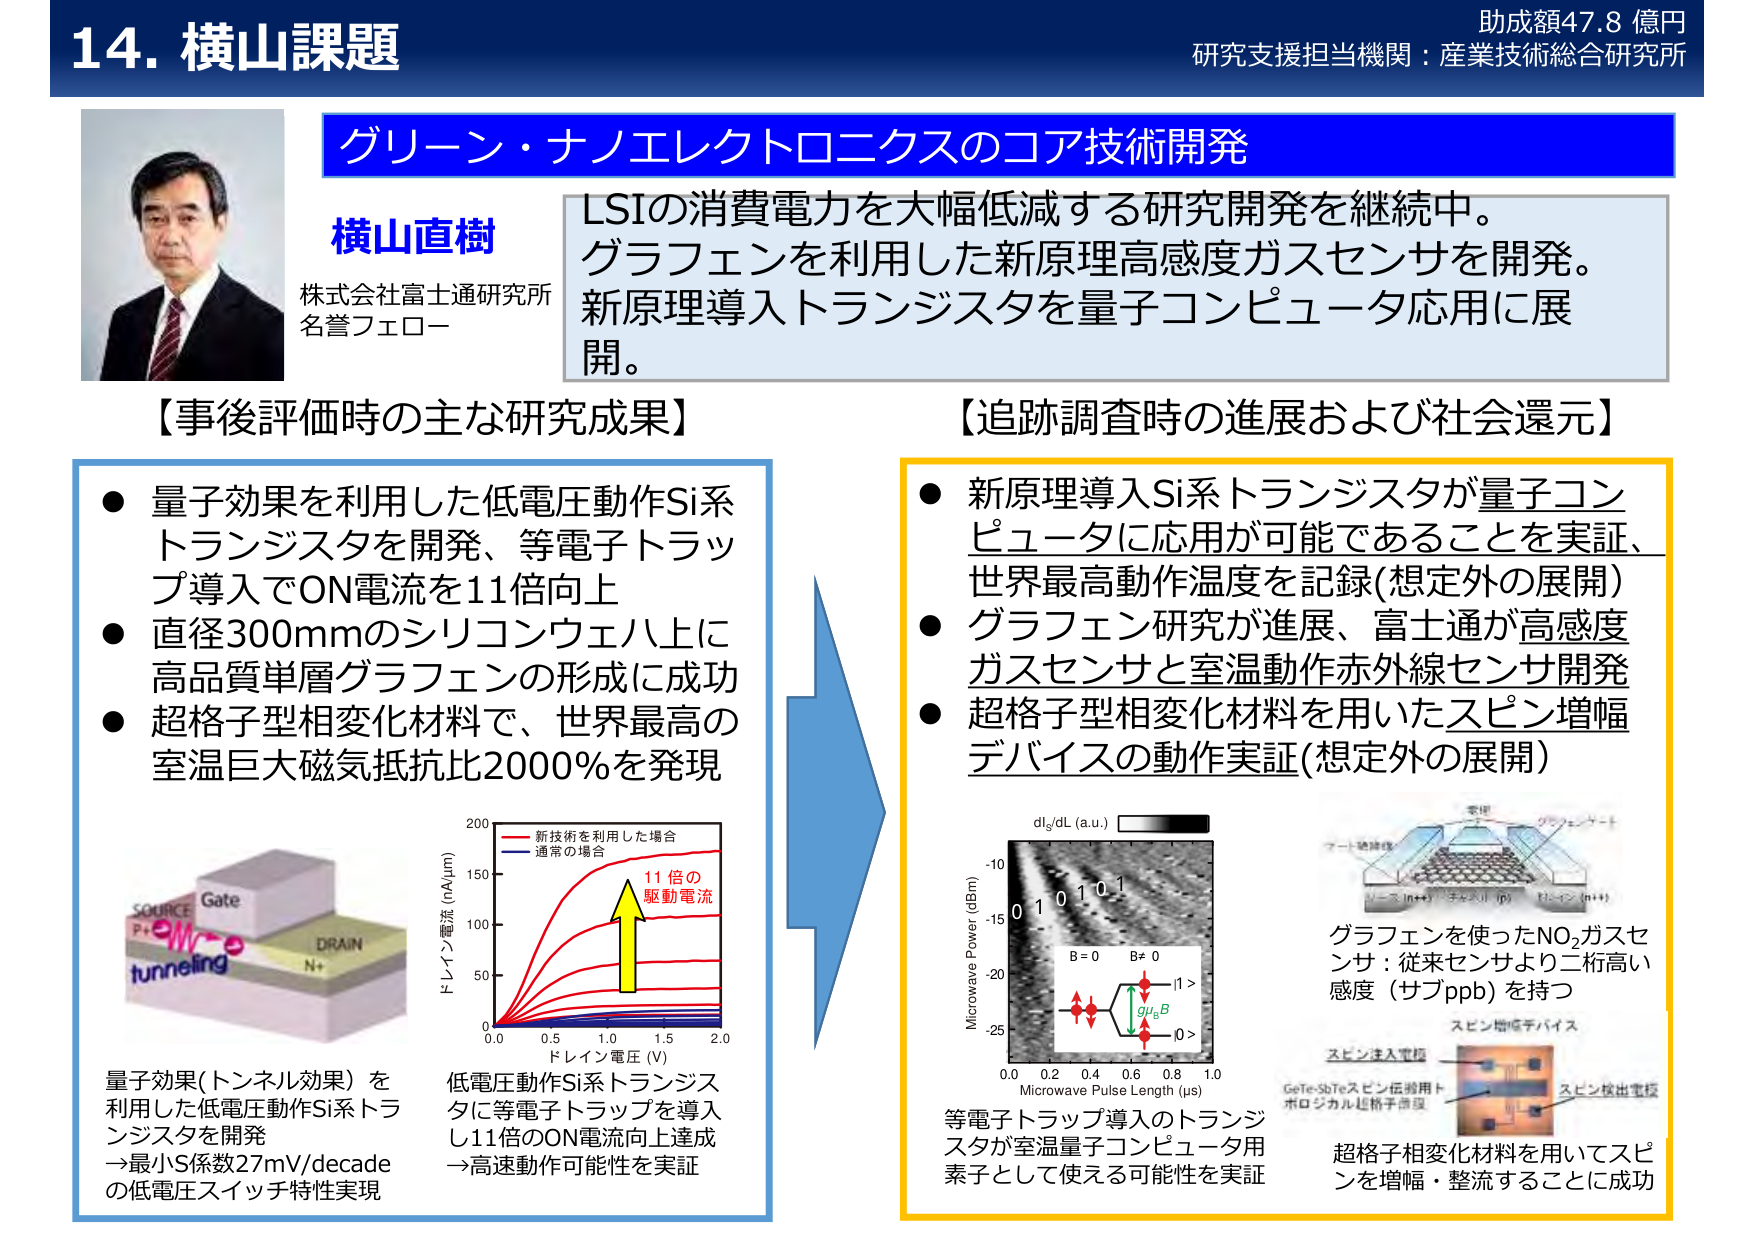
14. 横山課題
助成額47.8 億円
研究支援担当機関：産業技術総合研究所

グリーン・ナノエレクトロニクスのコア技術開発

横山直樹
株式会社富士通研究所
名誉フェロー

LSIの消費電力を大幅低減する研究開発を継続中。
グラフェンを利用した新原理高感度ガスセンサを開発。
新原理導入トランジスタを量子コンピュータ応用に展開。

【事後評価時の主な研究成果】
● 量子効果を利用した低電圧動作Si系トランジスタを開発、等電子トラップ導入でON電流を11倍向上
● 直径300mmのシリコンウェハ上に高品質単層グラフェンの形成に成功
● 超格子型相変化材料で、世界最高の室温巨大磁気抵抗比2000%を発現

SOURCE
P+
Gate
tunneling
DRAIN
N+

量子効果(トンネル効果)を利用した低電圧動作Si系トランジスタを開発
→最小S係数27mV/decadeの低電圧スイッチ特性実現

ドレイン電流 (nA/μm)
0.0 0.5 1.0 1.5 2.0
ドレイン電圧 (V)
新技術を利用した場合
通常の場合
11倍の
駆動電流

低電圧動作Si系トランジスタに等電子トラップを導入し11倍のON電流向上達成
→高速動作可能性を実証

【追跡調査時の進展および社会還元】
● 新原理導入Si系トランジスタが量子コンピュータに応用が可能であることを実証、世界最高動作温度を記録(想定外の展開)
● グラフェン研究が進展、富士通が高感度ガスセンサと室温動作赤外線センサ開発
● 超格子型相変化材料を用いたスピン増幅デバイスの動作実証(想定外の展開)

dl_s/dL (a.u.)
Microwave Power (dBm)
-10
-15
-20
-25
0.0 0.2 0.4 0.6 0.8 1.0
Microwave Pulse Length (μs)
B = 0
B≠ 0
gμ_B
0 >
|1 >
0 1 0 1

等電子トラップ導入のトランジスタが室温量子コンピュータ用素子として使える可能性を実証

電極
グラフェンシート
ゲート絶縁体
リード (n+) チャネル (p) リード (n+)

グラフェンを使ったNO₂ガスセンサ：従来センサより二桁高い感度（サブppb）を持つ

スピン増幅デバイス
スピン注入電極
GeTe-SbTeスピン伝搬用トポロジカル超格子薄膜
スピン検出電極

超格子相変化材料を用いてスピンを増幅・整流することに成功